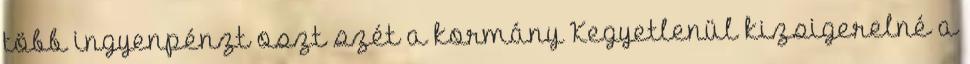
több ingyenpénzt oszt szét a kormány Kegyetlenül kizsigerelné a